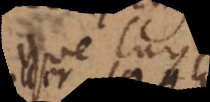
que ceux